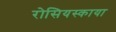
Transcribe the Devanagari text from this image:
रोसियस्काया